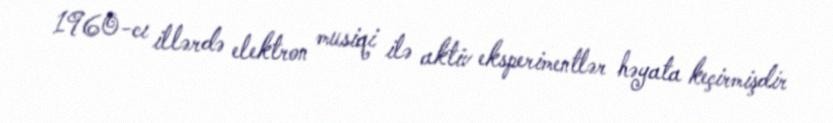
1960-cı illərdə elektron musiqi ilə aktiv eksperimentlər həyata keçirmişdir